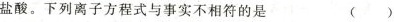
盐酸。下列离子方程式与事实不相符的是 ( )